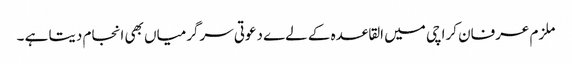
ملزم عرفان کراچی میں القاعدہ کے لےے دعوتی سرگرمیاں بھی انجام دیتا ہے ۔